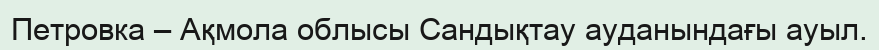
Петровка – Ақмола облысы Сандықтау ауданындағы ауыл.